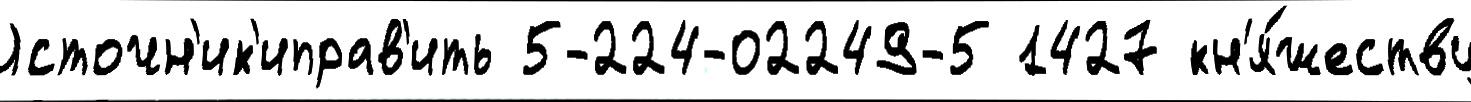
Источн'ик'иправ'ить 5-224-02249-5 1427 кн'я́жеству